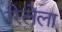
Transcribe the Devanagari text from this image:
रिलेला